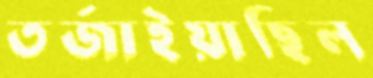
তর্জাইয়াছিল